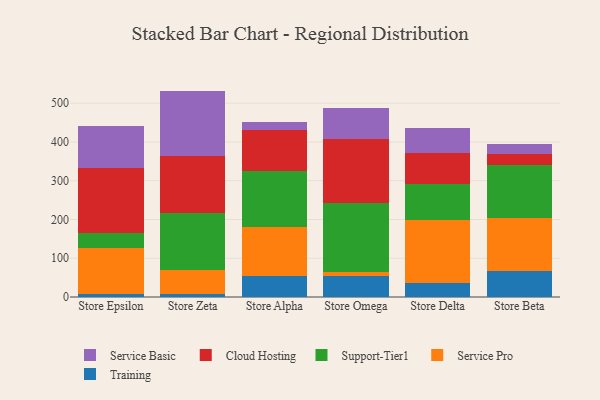
{"axis": {"x": "Store", "y": "Tickets Resolved"}, "legend": ["Cloud Hosting", "Service Basic", "Service Pro", "Support-Tier1", "Training"], "data": [{"x": "Store Epsilon", "y": 9.0, "type": "Training"}, {"x": "Store Epsilon", "y": 116.6, "type": "Service Pro"}, {"x": "Store Epsilon", "y": 39.2, "type": "Support-Tier1"}, {"x": "Store Epsilon", "y": 168.2, "type": "Cloud Hosting"}, {"x": "Store Epsilon", "y": 108.3, "type": "Service Basic"}, {"x": "Store Zeta", "y": 7.1, "type": "Training"}, {"x": "Store Zeta", "y": 61.9, "type": "Service Pro"}, {"x": "Store Zeta", "y": 148.0, "type": "Support-Tier1"}, {"x": "Store Zeta", "y": 145.6, "type": "Cloud Hosting"}, {"x": "Store Zeta", "y": 169.2, "type": "Service Basic"}, {"x": "Store Alpha", "y": 55.0, "type": "Training"}, {"x": "Store Alpha", "y": 124.6, "type": "Service Pro"}, {"x": "Store Alpha", "y": 145.0, "type": "Support-Tier1"}, {"x": "Store Alpha", "y": 107.3, "type": "Cloud Hosting"}, {"x": "Store Alpha", "y": 19.2, "type": "Service Basic"}, {"x": "Store Omega", "y": 54.2, "type": "Training"}, {"x": "Store Omega", "y": 9.5, "type": "Service Pro"}, {"x": "Store Omega", "y": 179.3, "type": "Support-Tier1"}, {"x": "Store Omega", "y": 163.8, "type": "Cloud Hosting"}, {"x": "Store Omega", "y": 81.7, "type": "Service Basic"}, {"x": "Store Delta", "y": 34.9, "type": "Training"}, {"x": "Store Delta", "y": 163.5, "type": "Service Pro"}, {"x": "Store Delta", "y": 93.1, "type": "Support-Tier1"}, {"x": "Store Delta", "y": 80.5, "type": "Cloud Hosting"}, {"x": "Store Delta", "y": 63.2, "type": "Service Basic"}, {"x": "Store Beta", "y": 67.1, "type": "Training"}, {"x": "Store Beta", "y": 137.7, "type": "Service Pro"}, {"x": "Store Beta", "y": 135.0, "type": "Support-Tier1"}, {"x": "Store Beta", "y": 28.5, "type": "Cloud Hosting"}, {"x": "Store Beta", "y": 27.5, "type": "Service Basic"}]}